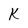
Character: K